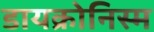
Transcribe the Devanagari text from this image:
डायक्रोनिस्म